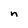
Character: n